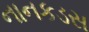
નાનકડસ